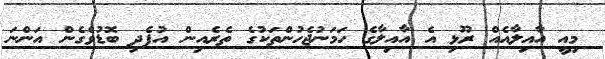
މިއީ އާއިލާއެއް ރޫޅި އެ އާއިލާގެ ހަމަނުޖެހުންތަކުގެ ތެރެއިން އުފެދި ބޮޑުވެގެން އަންނަ